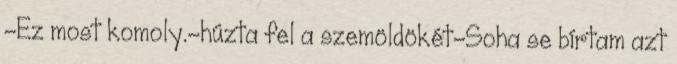
-Ez most komoly.-húzta fel a szemöldökét-Soha se bírtam azt